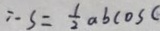
\therefore S = \frac { 1 } { 2 } a b \cos c